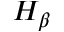
H _ { \beta }